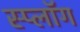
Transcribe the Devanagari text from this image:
स्प्लॉग